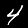
Digit: 4